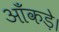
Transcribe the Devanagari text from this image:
आँकड़े।